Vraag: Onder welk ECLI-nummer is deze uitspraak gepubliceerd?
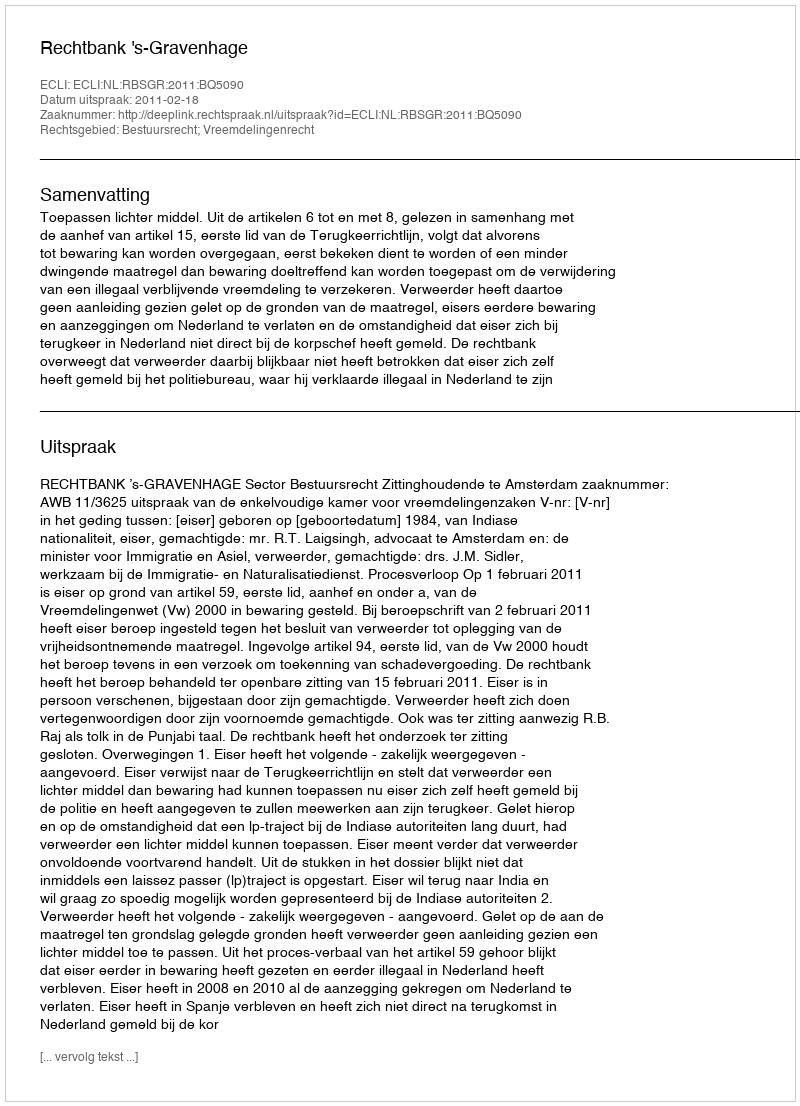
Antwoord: ECLI:NL:RBSGR:2011:BQ5090